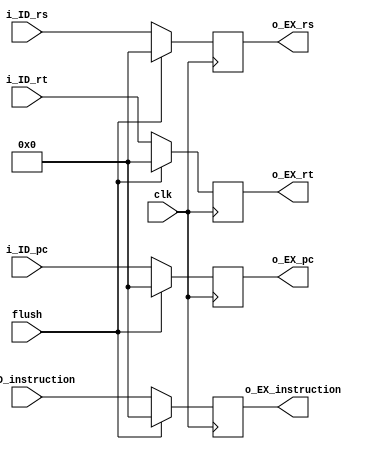
module  ID_EX   #
                (
                    parameter W = 32
                )
                (
                    input       clk,
                    input       flush, //如果为高电平，则清空本寄存器
                    input       [W-1:0]    i_ID_rs,
                    input       [W-1:0]    i_ID_rt,
                    input       [W-1:0]    i_ID_pc,
                    input       [W-1:0]    i_ID_instruction,
                    output  reg [W-1:0]    o_EX_pc,
                    output  reg [W-1:0]    o_EX_instruction,
                    output  reg [W-1:0]    o_EX_rs,
                    output  reg [W-1:0]    o_EX_rt
                );
    always @(posedge clk) begin
        if(flush) begin
            o_EX_rs <= 0;
            o_EX_rt <= 0;
            o_EX_instruction <= 0;
            o_EX_pc <= 0;
        end
        else begin
            o_EX_rs <= i_ID_rs;
            o_EX_rt <= i_ID_rt;
            o_EX_instruction <= i_ID_instruction;
            o_EX_pc <= i_ID_pc;
        end
    end
endmodule